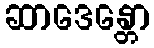
ဆာဒေန္တော